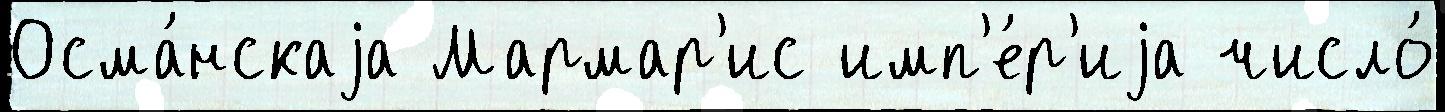
Осма́нскаjа Мармар'ис имп'е́р'иjа число́